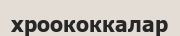
хроококкалар